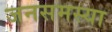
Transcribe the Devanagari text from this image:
जनसमस्या